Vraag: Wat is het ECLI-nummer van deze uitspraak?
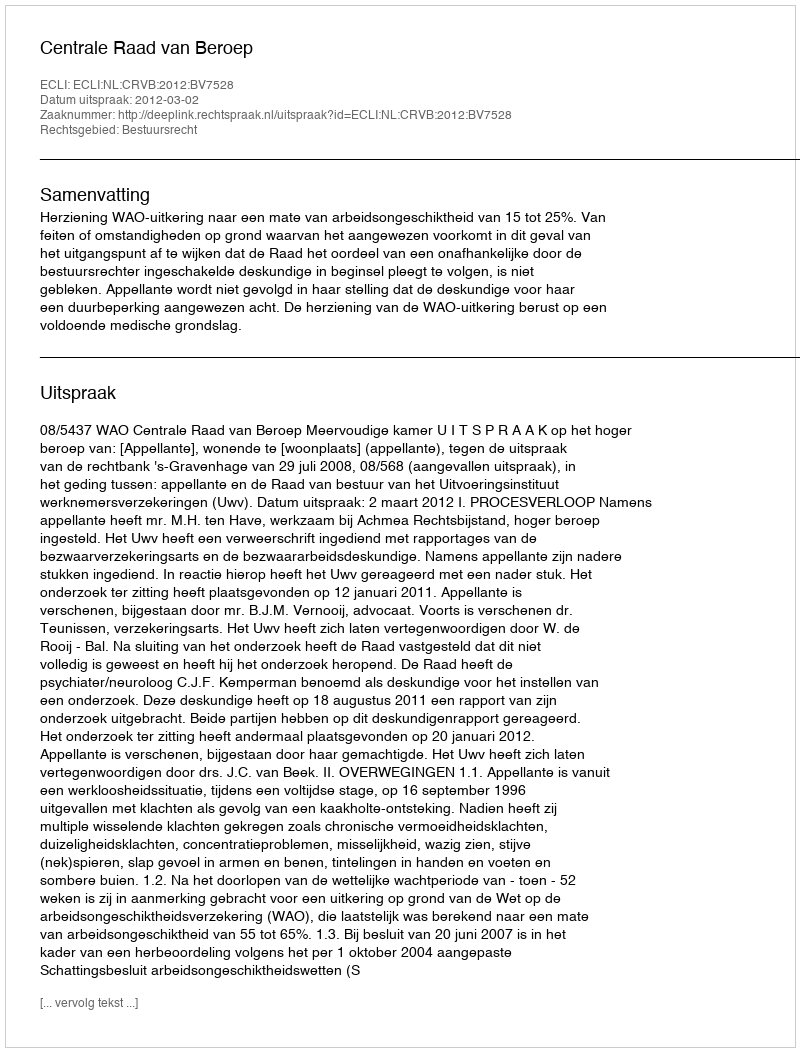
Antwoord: ECLI:NL:CRVB:2012:BV7528